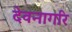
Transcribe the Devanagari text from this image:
देवनागरि